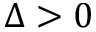
\Delta > 0